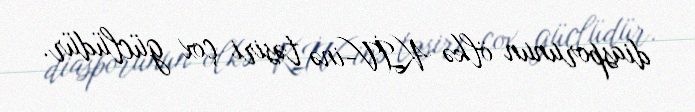
diasporunun ölkə KİV-inə təsiri çox güclüdür.